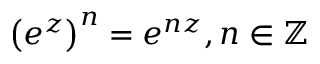
\left( e ^ { z } \right) ^ { n } = e ^ { n z } , n \in \mathbb { Z }